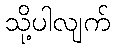
သို့ပါလျက်